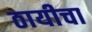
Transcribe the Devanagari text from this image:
ठायीचा